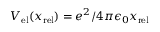
V _ { \mathrm { e l } } ( x _ { \mathrm { r e l } } ) = e ^ { 2 } / 4 \pi \epsilon _ { 0 } x _ { \mathrm { r e l } }